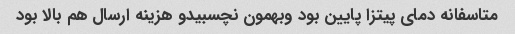
متاسفانه دمای پیتزا پایین بود وبهمون نچسبیدو هزینه ارسال هم بالا بود